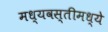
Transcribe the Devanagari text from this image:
मध्यवस्तीमध्ये